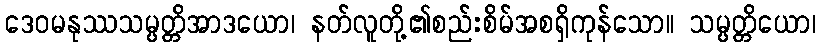
ဒေဝမနုဿသမ္ပတ္တိအာဒယော၊ နတ်လူတို့၏စည်းစိမ်အစရှိကုန်သော။ သမ္ပတ္တိယော၊